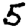
Digit: 5